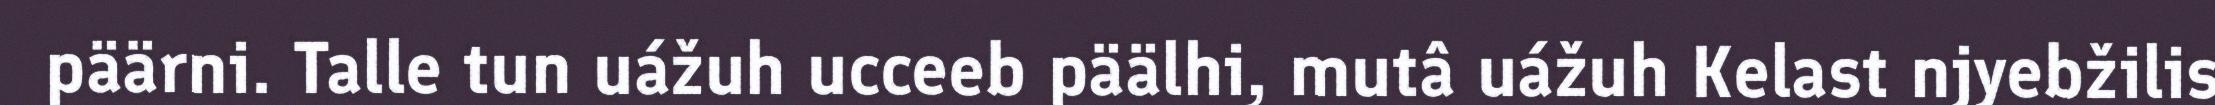
päärni. Talle tun uážuh ucceeb päälhi, mutâ uážuh Kelast njyebžilis